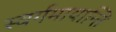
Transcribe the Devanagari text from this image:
स्वर्गमायान्ति